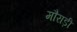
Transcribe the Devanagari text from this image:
मौराड़ी